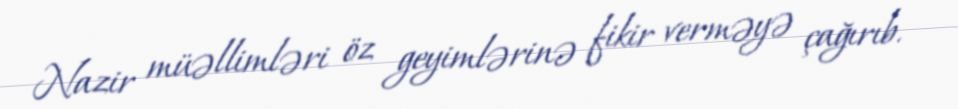
Nazir müəllimləri öz geyimlərinə fikir verməyə çağırıb.